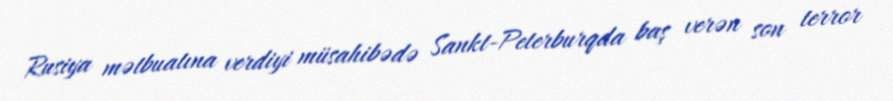
Rusiya mətbuatına verdiyi müsahibədə Sankt-Peterburqda baş verən son terror